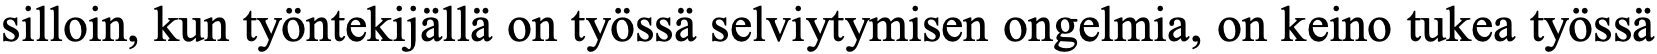
silloin, kun työntekijällä on työssä selviytymisen ongelmia, on keino tukea työssä